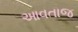
આવતાજ